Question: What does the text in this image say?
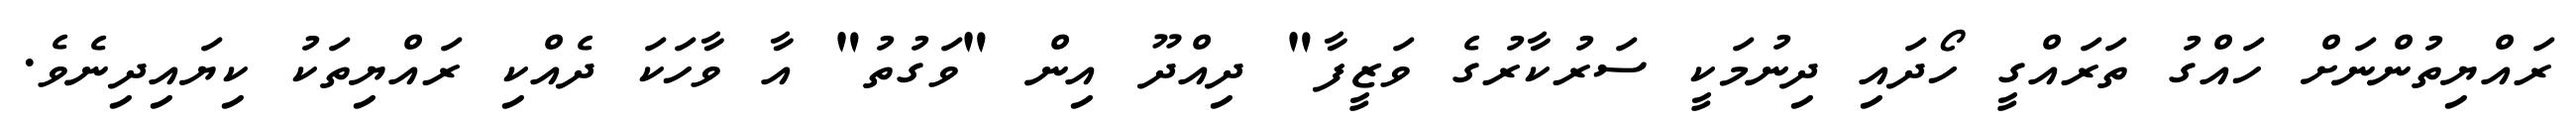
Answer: ރައްޔިތުންނަށް ހައްގު ތަރައްގީ ހޯދައި ދިނުމަކީ ސަރުކާރުގެ ވަޒީފާ" ދިއްދޫ އިން "ވަގުތު" އާ ވާހަކަ ދެއްކި ރައްޔިތަކު ކިޔައިދިނެވެ.